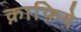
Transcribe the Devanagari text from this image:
क़ाफ़िये